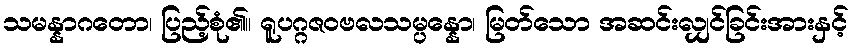
သမန္နာဂတော၊ ပြည့်စုံ၏။ ရူပဂ္ဂဇဝဗလသမ္ပန္နော၊ မြတ်သော အဆင်းလျှင်ခြင်းအားနှင့်